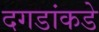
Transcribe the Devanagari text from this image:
दगडांकडे